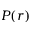
P ( r )